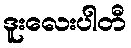
ဒူးလေးပါတီ